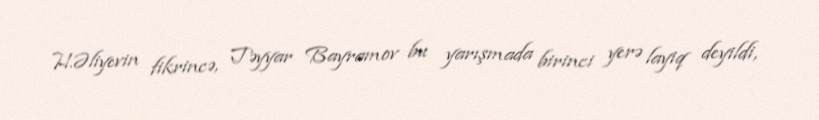
H.Əliyevin fikrincə, Təyyar Bayramov bu yarışmada birinci yerə layiq deyildi,